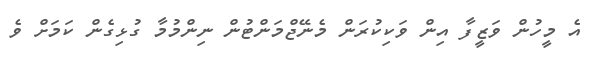
އެ މީހުން ވަޒީފާ އިން ވަކިކުރަން މެނޭޖްމަންޓުން ނިންމުމާ ގުޅިގެން ކަމަށް ވެ